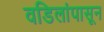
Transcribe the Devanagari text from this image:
वडिलांपासून